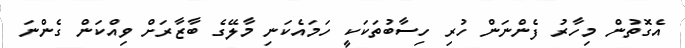
އެގޮތުން މިހާރު ފެންނަން ހުރި ހިސާބުތަކަކީ ހަމައެކަނި މާލޭގެ ބާޒާރަށް ވިއްކަން ގެންނަ